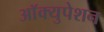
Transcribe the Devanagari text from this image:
आॅक्युपेशन